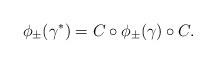
LaTeX: \begin{gather*}\phi_{\pm}(\gamma^*)=C\circ \phi_{\pm}(\gamma)\circ C.\end{gather*}